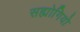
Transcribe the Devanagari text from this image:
सह्योगियो